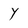
Character: Y